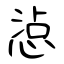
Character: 惉